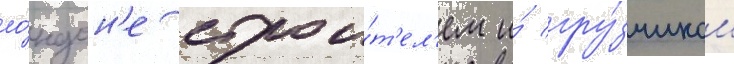
ло́ндон'е строи́т'ел'ем и́ гру́зчиком